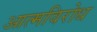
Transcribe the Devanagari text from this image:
आत्मविरोध